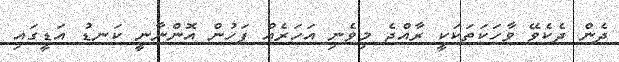
ދެން ދެކެވޭ ވާހަކަތަކަކީ ރާއްޖެ މިވެނި އަހަރެއް ފަހުން އޮންނާނީ ކަނޑު އަޑީގައި